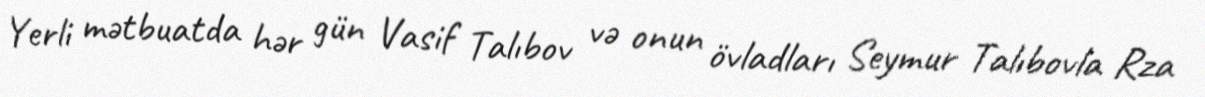
Yerli mətbuatda hər gün Vasif Talıbov və onun övladları Seymur Talıbovla Rza